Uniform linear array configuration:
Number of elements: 4
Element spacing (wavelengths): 0.5
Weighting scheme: exponential
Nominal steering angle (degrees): -45
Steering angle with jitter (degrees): -44.244
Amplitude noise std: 0.05
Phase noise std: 0.05

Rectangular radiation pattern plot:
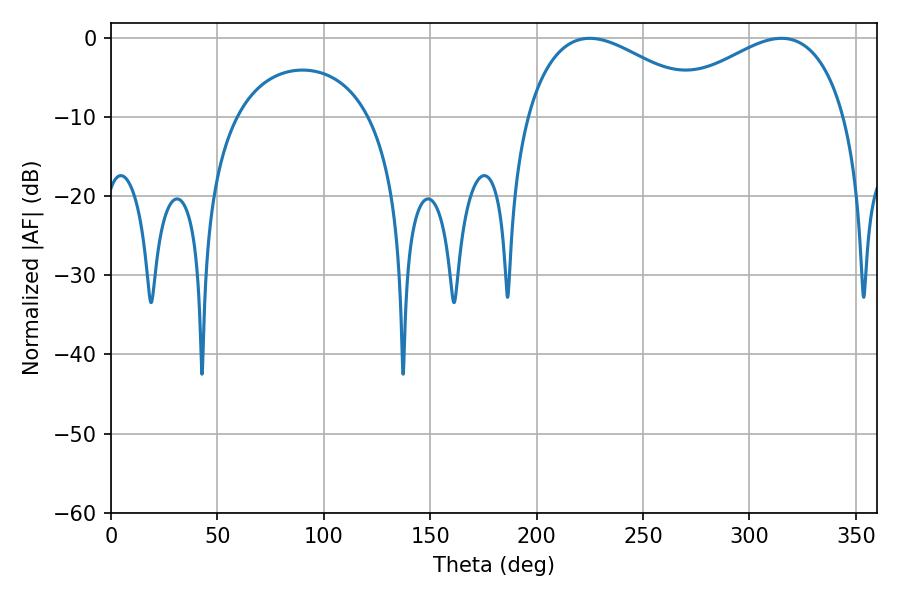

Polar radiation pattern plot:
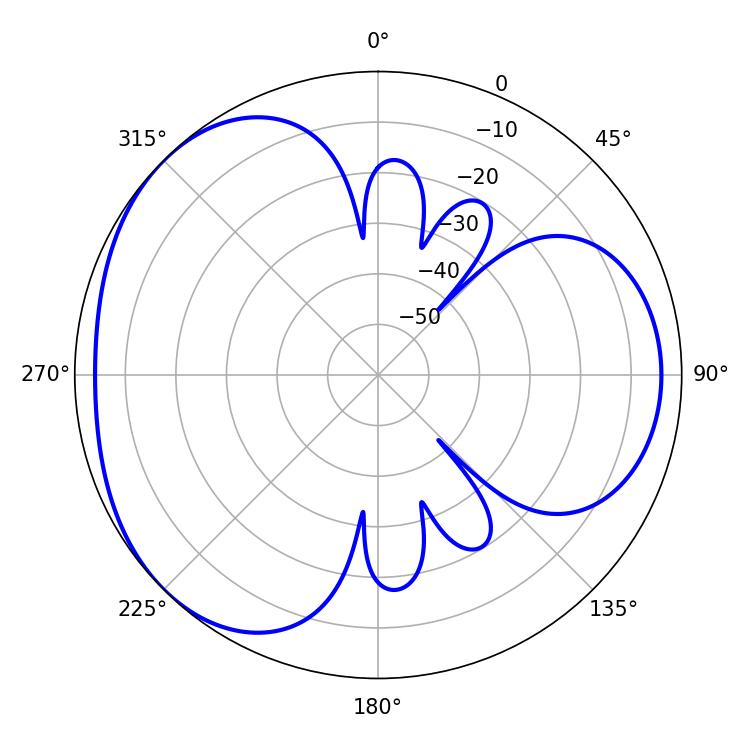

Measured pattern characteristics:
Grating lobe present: FALSE
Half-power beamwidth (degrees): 47.52
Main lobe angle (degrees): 225